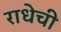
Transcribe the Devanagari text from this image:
राधेची